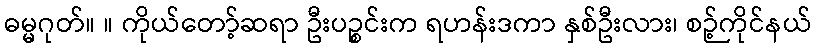
ဓမ္မဂုတ်။ ။ ကိုယ်တော့်ဆရာ ဦးပဉ္စင်းက ရဟန်းဒကာ နှစ်ဦးလား၊ စဉ့်ကိုင်နယ်